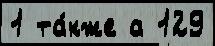
1 та́кже а 129